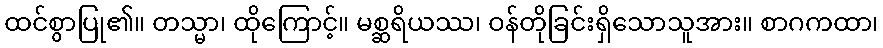
ထင်စွာပြု၏။ တသ္မာ၊ ထိုကြောင့်။ မစ္ဆရိယဿ၊ ဝန်တိုခြင်းရှိသောသူအား။ စာဂကထာ၊